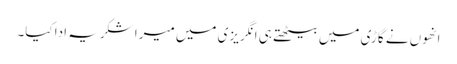
انھوں نے گاڑی میں بیٹھتے ہی انگریزی میں میرا شکریہ ادا کیا۔